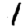
Digit: 1